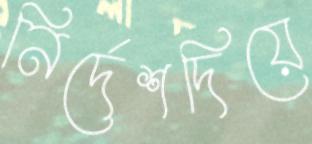
নির্দেশদিয়ে